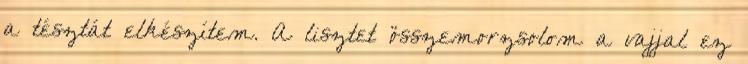
a tésztát elkészítem. A lisztet összemorzsolom a vajjal ez